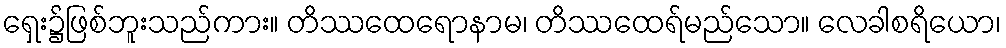
ရှေး၌ဖြစ်ဘူးသည်ကား။ တိဿထေရောနာမ၊ တိဿထေရ်မည်သော။ လေခါစရိယော၊